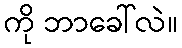
ကို ဘာခေါ်လဲ။